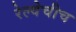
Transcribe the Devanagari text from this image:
रेल्वेचीच